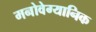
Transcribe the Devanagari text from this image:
मनोवेग्यानिक